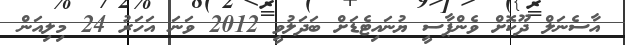
އާސެނަލް ދޫކޮށް ވެންޕާސީ ޔުނައިޓެޑަށް ބަދަލުވީ 2012 ވަނަ އަހަރު 24 މިލިއަން